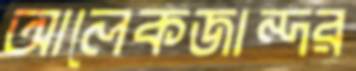
আলেকজান্দর